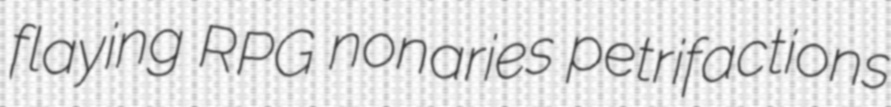
flaying RPG nonaries petrifactions